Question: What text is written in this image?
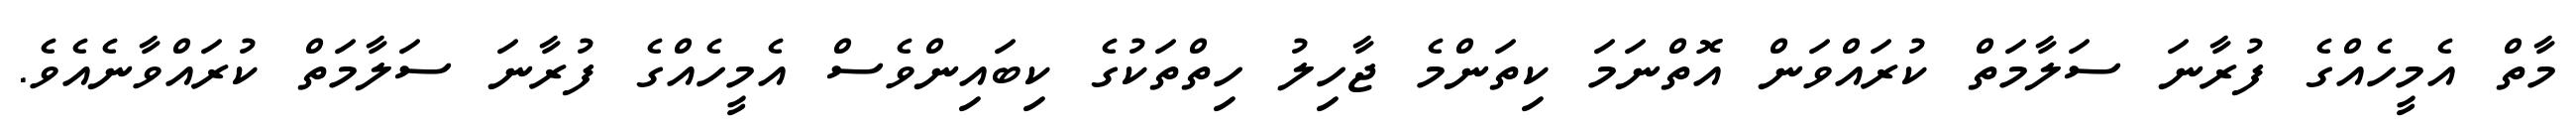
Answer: މާތް އެމީހެއްގެ ފުރާނަ ސަލާމަތް ކުރައްވަން އޮތްނަމަ ކިތަންމެ ޖާހިލު ހިތްތަކުގެ ކިބައިންވެސް އެމީހެއްގެ ފުރާނަ ސަލާމަތް ކުރައްވާނެއެވެ.